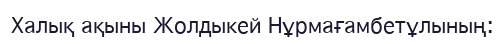
Халық ақыны Жолдыкей Нұрмағамбетұлының: